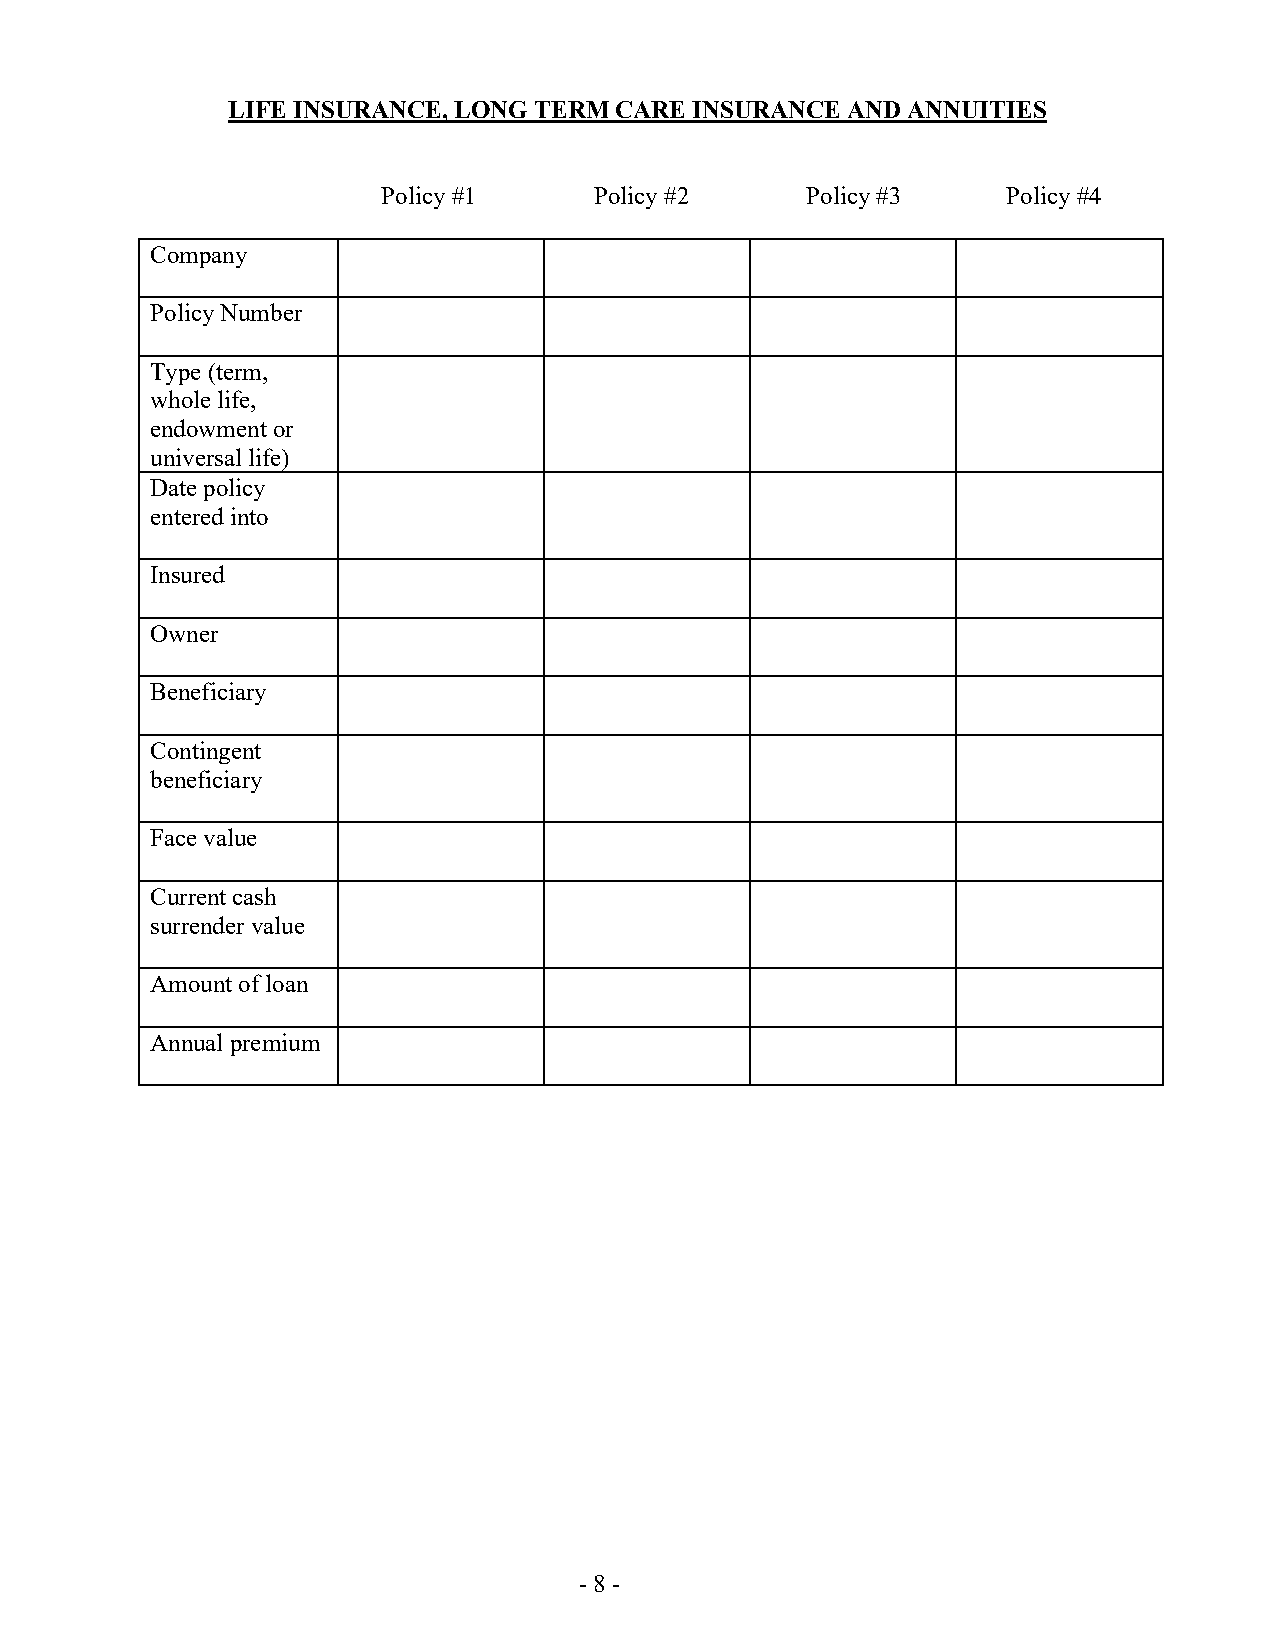
LIFE INSURANCE, LONG TERM CARE INSURANCE AND ANNUITIES
 Policy #1     Policy #2     Policy #3     Policy #4
 Company
 Policy Number
 Type (term,
 whole life,
 endowment or
 universal life)
 Date policy
 entered into
 Insured
 Owner
 Beneficiary
 Contingent
 beneficiary
 Face value
 Current cash
 surrender value
 Amount of loan
 Annual premium
 - 8 -